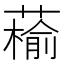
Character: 䕆